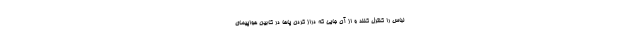
لباس را کنترل کنند و از آن جایی که دراز کردن پاها در کابین هواپیمای